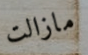
مازالت